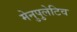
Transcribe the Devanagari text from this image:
मेनुपुलेटिव